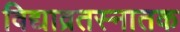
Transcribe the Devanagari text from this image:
विद्याव्रतस्नातक